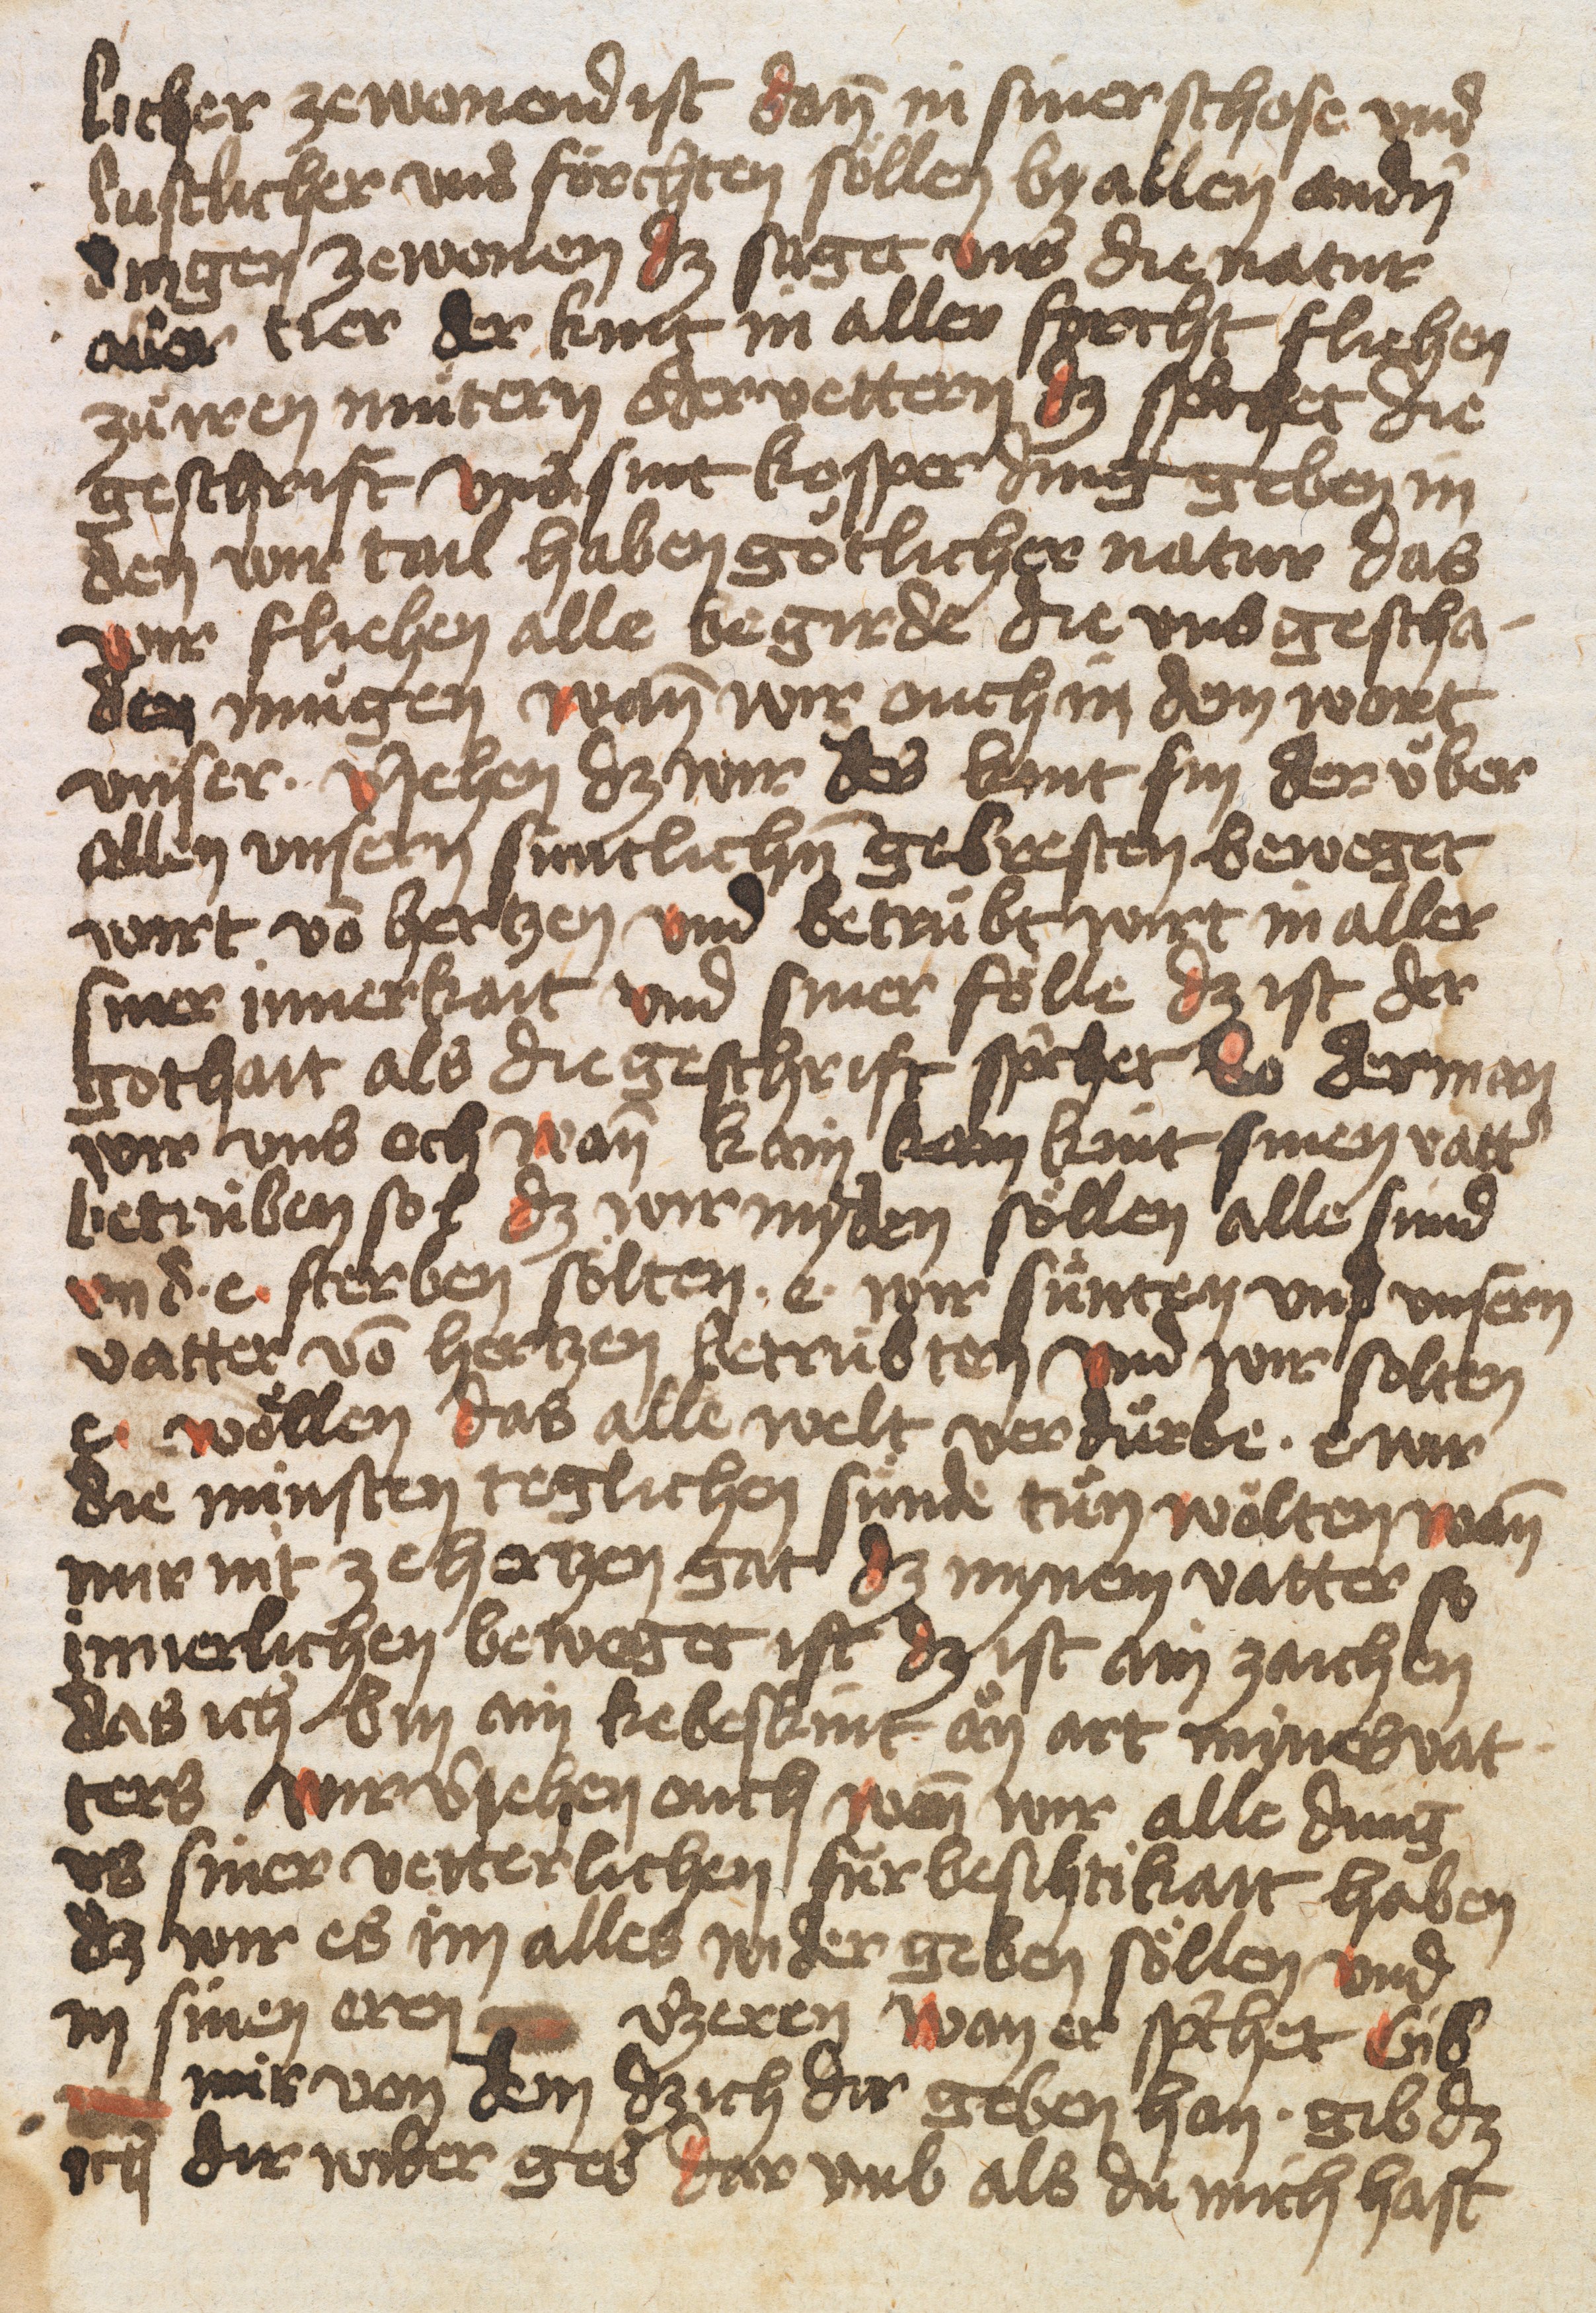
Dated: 1432–1436